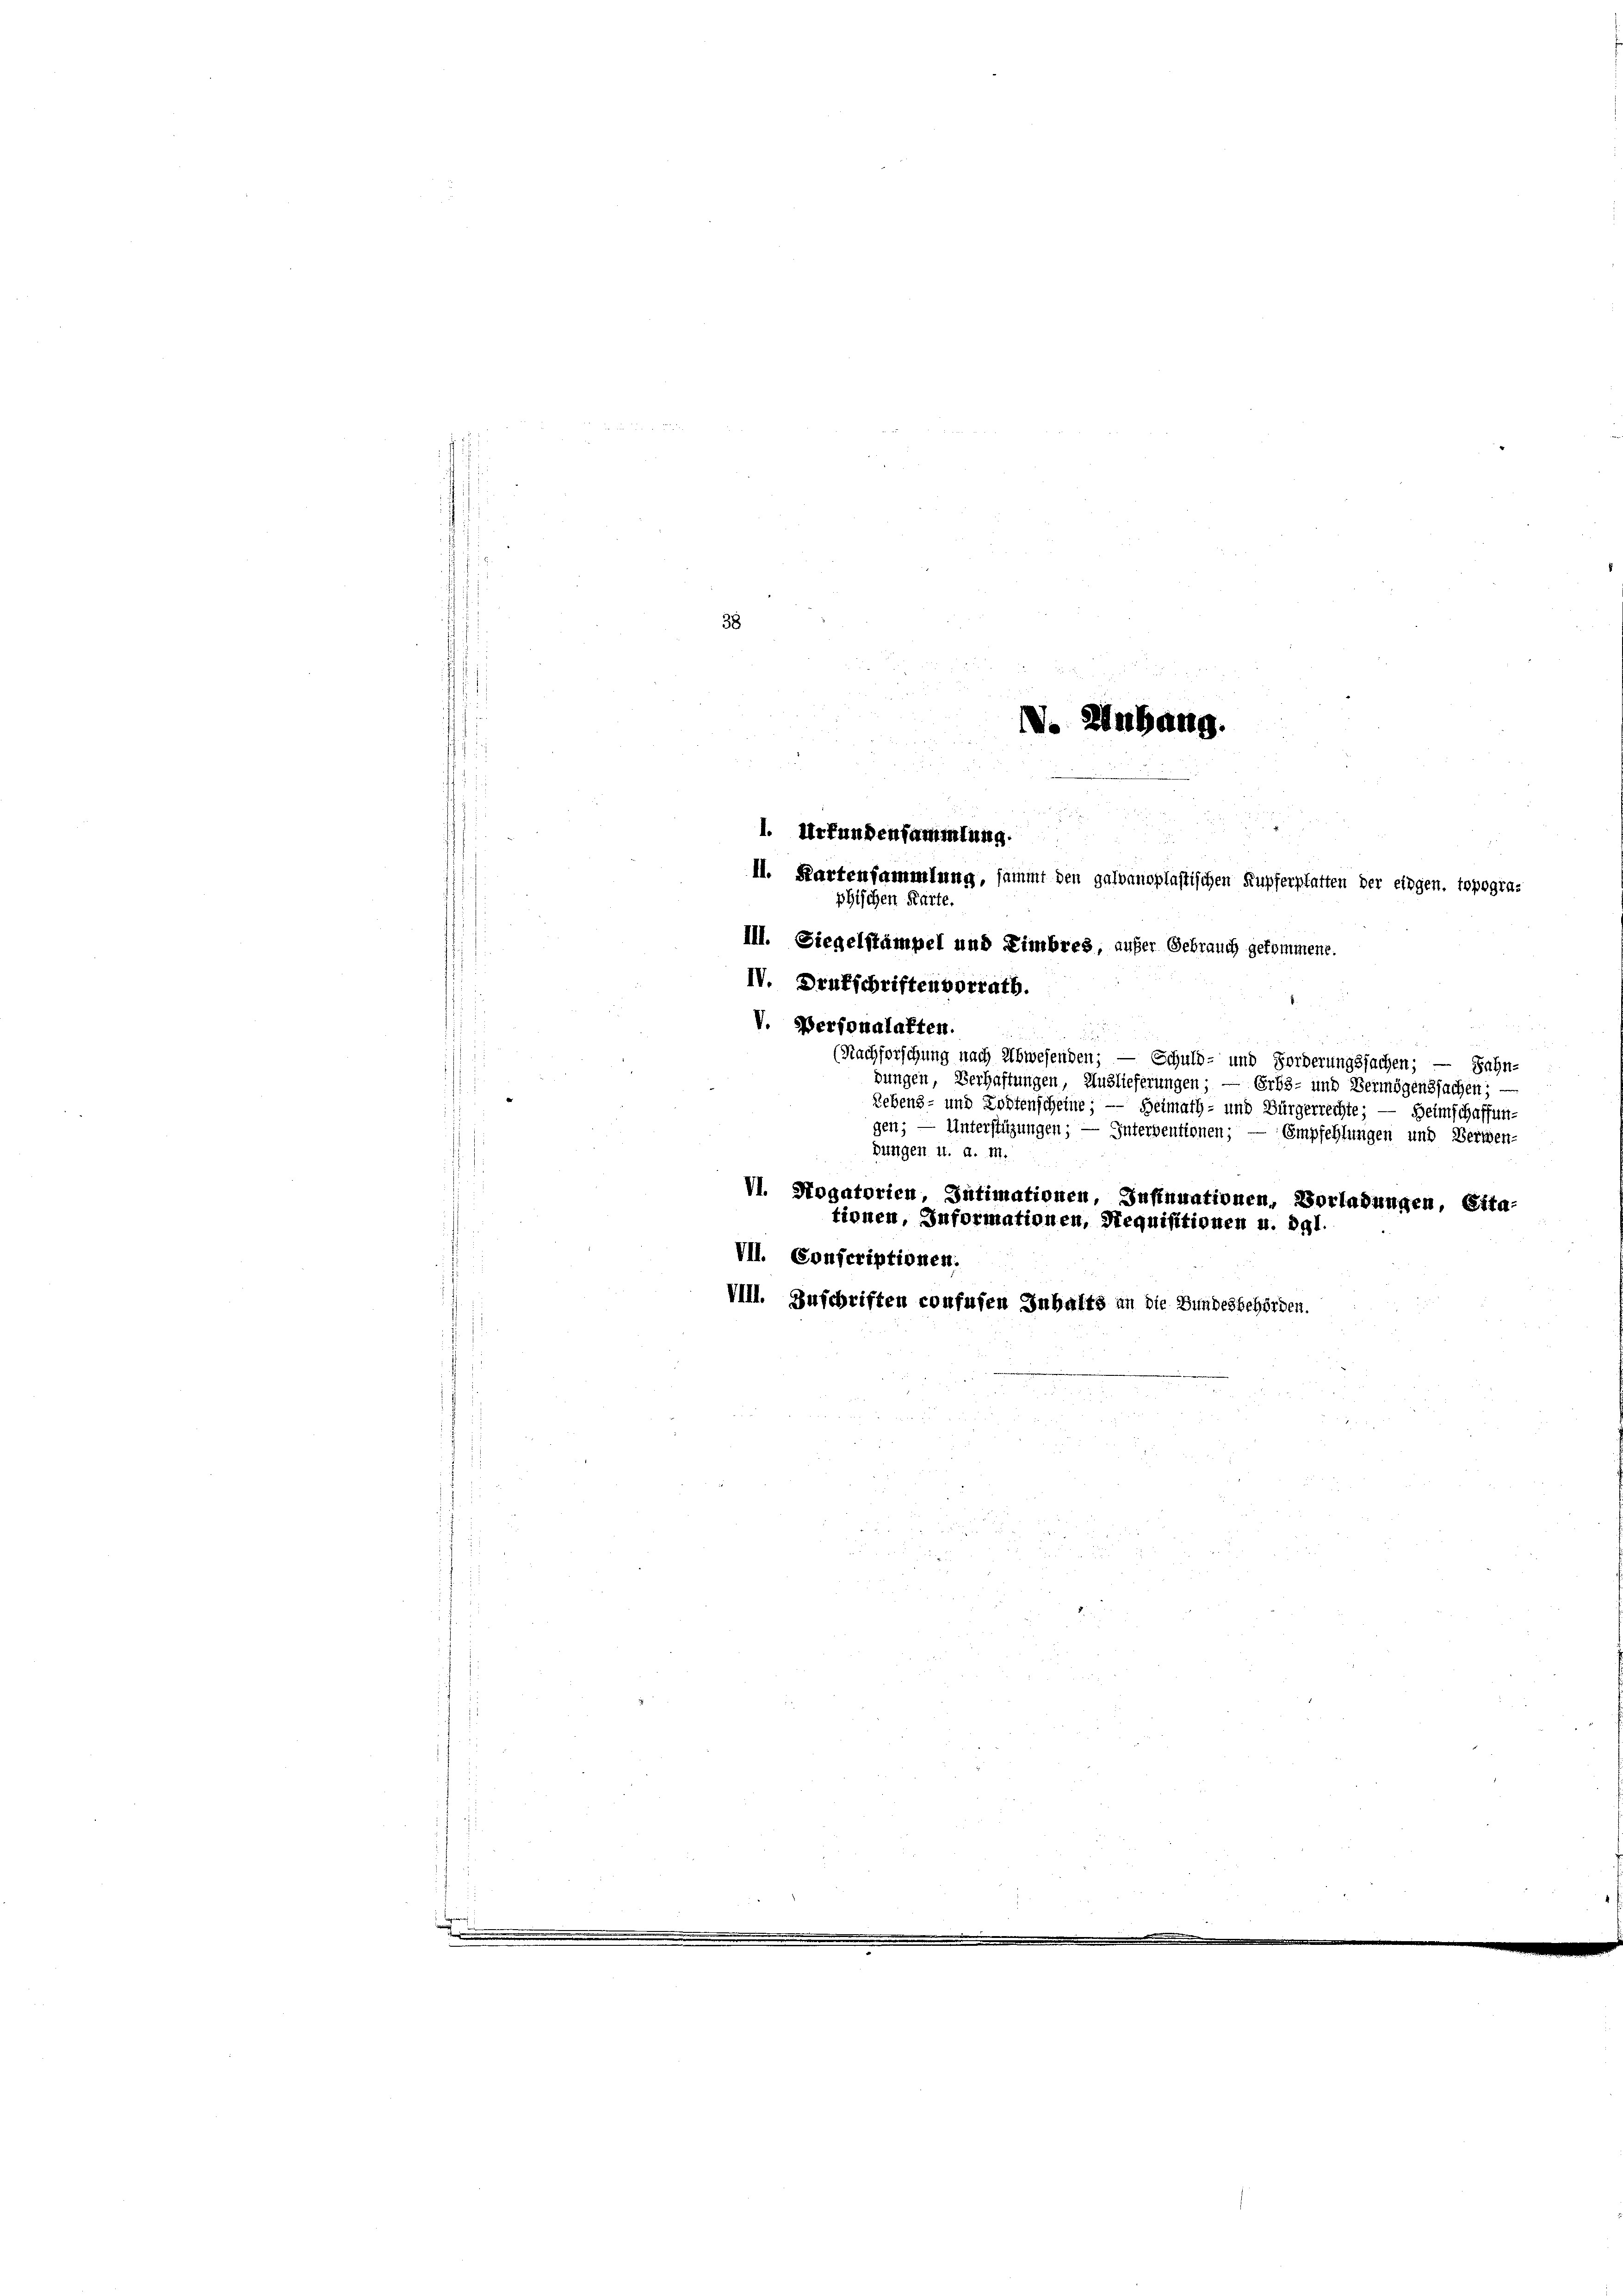
e

1. Urfundensammlung.
II. Kartensammlung, sammt den galvanoplastischen Kupferplatten der eingen. Topogra-
phischen Karte.

38

IV. Drukschriftenvorratb.
V. Personalakten.

IV. Anhang.

Ill. Siegelstämpel und Eimbres, aufer Gebrauch gekommene.
(Nachforschung nach Schwesenden; — Schuld- und Forderungssachen;
Bahn-
bungen, Verhaftungen, Auslieferungen; — Erbs- und Vermögenssachen;
Lebens- und Kostenscheine; — Heimath- und Bürgerrechte; — Heimschaffungen; — Unterstüzungen; — Interbentionen; — Empfehlungen und Bernen-
jungen 4. d. M.
VI. Hogatorien, Intimationen, Insinuationen, Vorladungen, Cita-
tionen, Informationen, Requisitionen u. dgl.
VII. Confcriptionen.
VIll. Zuschriften confusen Inhalts an die Bundesbehörden.